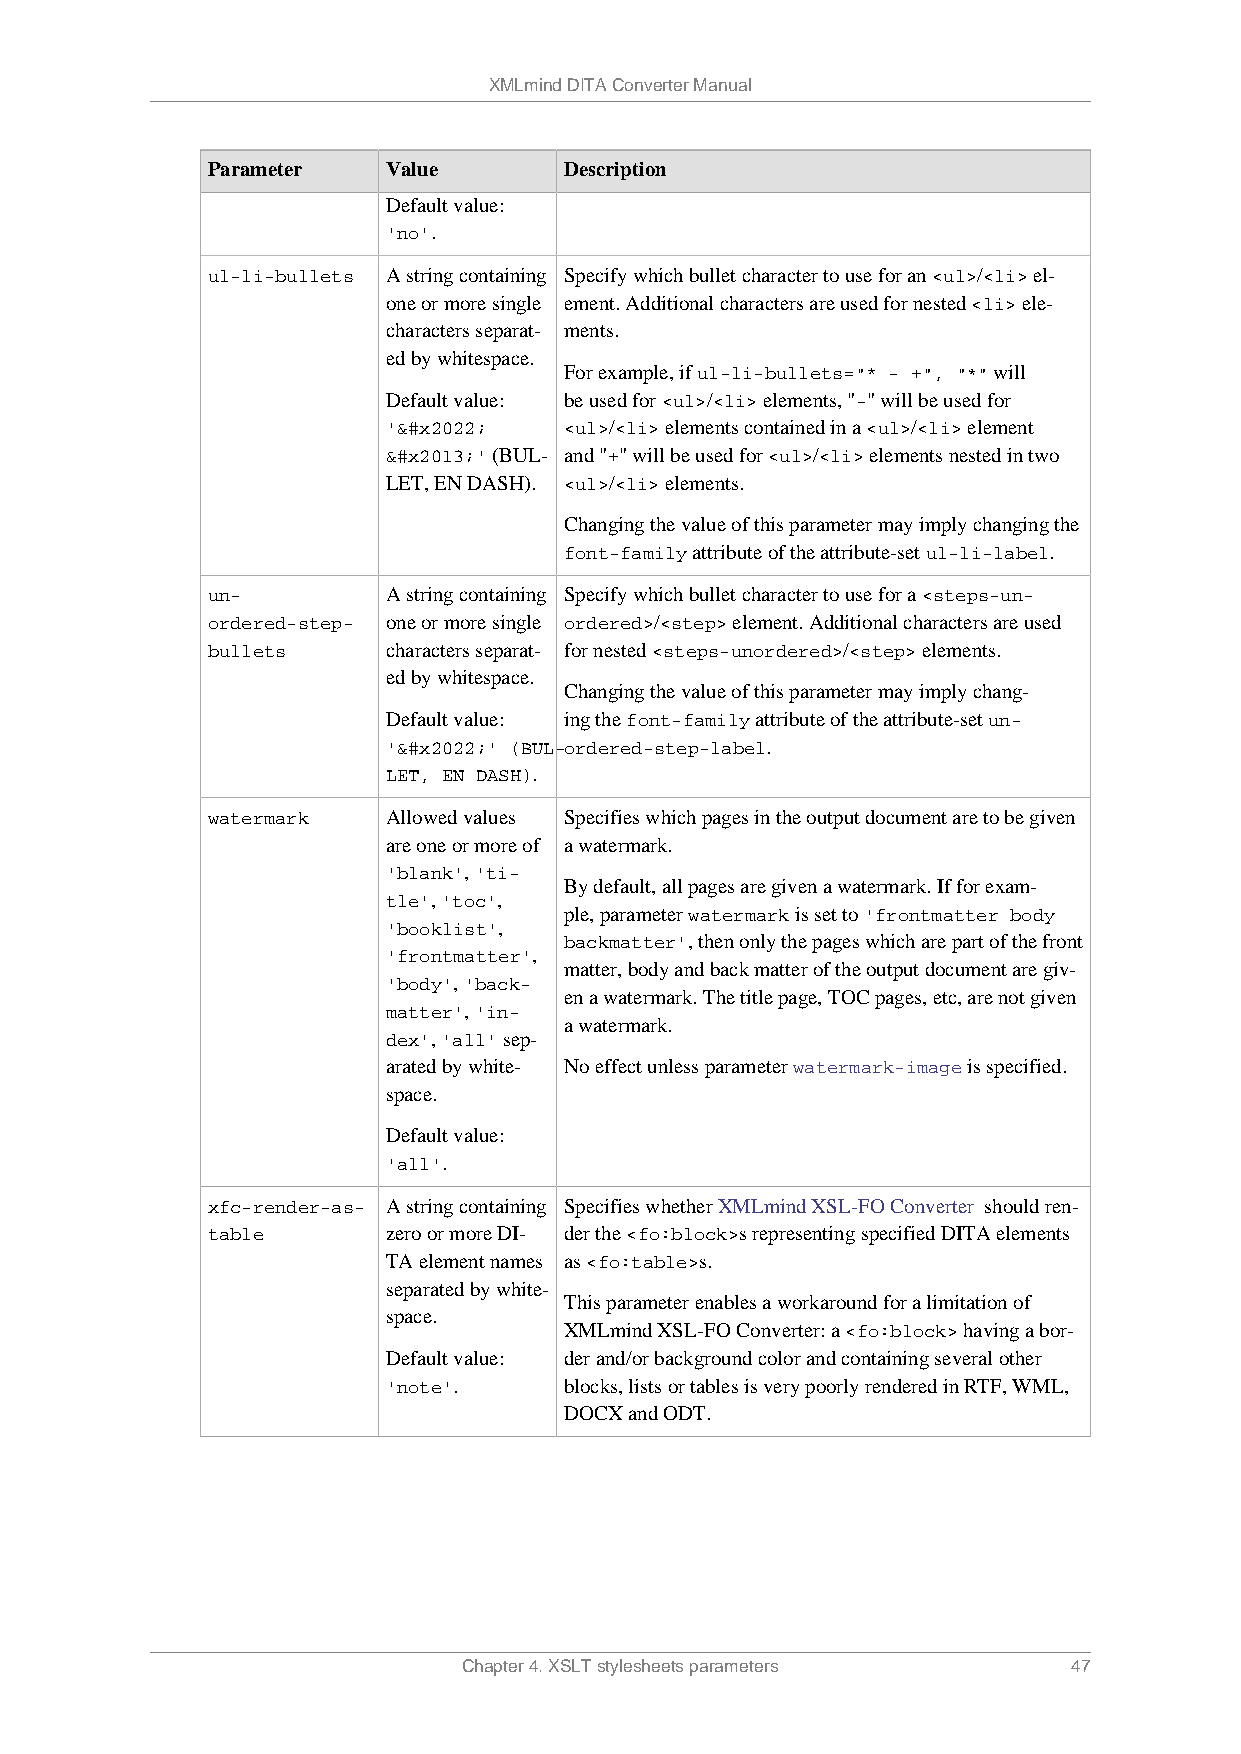
XMLmind DITA Converter Manual
 Parameter   Value      Description
 Default value:
 'no'.
 ul-li-bullets A string containing Specify which bullet character to use for an <ul>/<li> el-
 one or more single ement. Additional characters are used for nested <li> ele-
 characters separat- ments.
 ed by whitespace.
 For example, if ul-li-bullets="* - +", "*" will
 Default value: be used for <ul>/<li> elements, "-" will be used for
 '&#x2022;  <ul>/<li> elements contained in a <ul>/<li> element
 &#x2013;' (BUL- and "+" will be used for <ul>/<li> elements nested in two
 LET, EN DASH). <ul>/<li> elements.
 Changing the value of this parameter may imply changing the
 font-family attribute of the attribute-set ul-li-label.
 un-         A string containing Specify which bullet character to use for a <steps-un-
 ordered-step- one or more single ordered>/<step> element. Additional characters are used
 bullets     characters separat- for nested <steps-unordered>/<step> elements.
 ed by whitespace.
 Changing the value of this parameter may imply chang-
 Default value: ing the font-family attribute of the attribute-set un-
 '&#x2022;' (BUL-ordered-step-label.
 LET, EN DASH).
 watermark   Allowed values Specifies which pages in the output document are to be given
 are one or more of a watermark.
 'blank', 'ti-
 By default, all pages are given a watermark. If for exam-
 tle', 'toc',
 ple, parameter watermark is set to 'frontmatter body
 'booklist',
 backmatter', then only the pages which are part of the front
 'frontmatter',
 matter, body and back matter of the output document are giv-
 'body', 'back-
 en a watermark. The title page, TOC pages, etc, are not given
 matter', 'in-
 a watermark.
 dex', 'all' sep-
 arated by white- No effect unless parameter watermark-image is specified.
 space.
 Default value:
 'all'.
 xfc-render-as- A string containing Specifies whether XMLmind XSL-FO Converter should ren-
 table       zero or more DI- der the <fo:block>s representing specified DITA elements
 TA element names as <fo:table>s.
 separated by white-
 This parameter enables a workaround for a limitation of
 space.
 XMLmind XSL-FO Converter: a <fo:block> having a bor-
 Default value: der and/or background color and containing several other
 'note'.    blocks, lists or tables is very poorly rendered in RTF, WML,
 DOCX and ODT.
 Chapter 4. XSLT stylesheets parameters  47